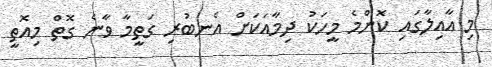
މި އާއިލާގައި ކޮންމެ މީހަކު ދިމާއަކަށް އެނބުރި ގަތީމާ ވާނެ ގޮތް މިއޮތީ